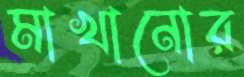
মাখানোর